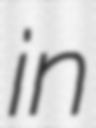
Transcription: in